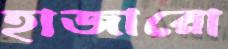
হাজারো